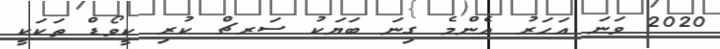
2020 ވަނަ އަހަރު އެންމެ ގިނަ ބަޔަކު ސަރޗް ކުރި ކީވޯޑް ތަކަކީ